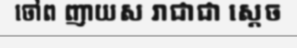
ចៅព ញាយស រាជាជា ស្តេច